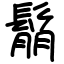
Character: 鬅